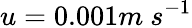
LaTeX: u=0.001m\ s^{-1}